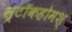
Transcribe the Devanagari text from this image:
स्टॉकहोमश्